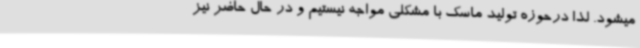
میشود. لذا درحوزه تولید ماسک با مشکلی مواجه نیستیم و در حال حاضر نیز